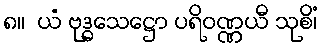
၈။  ယံ ဗုဒ္ဓသေဋ္ဌော ပရိဝဏ္ဏယီ သုစိံ၊